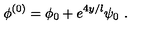
\phi ^ { ( 0 ) } = \phi _ { 0 } + e ^ { 4 y / l } \psi _ { 0 } \ .